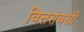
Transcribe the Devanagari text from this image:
वित्तसंबंधी